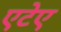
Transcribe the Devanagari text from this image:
एटेए